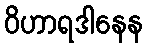
ဝိဟာရဒါနေန